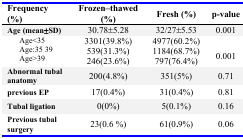
<table><thead><tr><td><b>Frequency (%)</b></td><td><b>Frozen–thawed (%)</b></td><td><b>Fresh (%)</b></td><td><b>p-value</b></td></tr></thead><tbody><tr><td><b>Age (mean</b>±<b>SD)</b></td><td>30.78±5.28</td><td>32/27±5.53</td><td>0.001</td></tr><tr><td>Age&lt;35</td><td>3301(39.8%)</td><td>4977(60.2%)</td><td rowspan="3">0.001</td></tr><tr><td>Age:35 39</td><td>539(31.3%)</td><td>1184(68.7%)</td></tr><tr><td>Age&gt;39</td><td>246(23.6%)</td><td>797(76.4%)</td></tr><tr><td><b>Abnormal tubal anatomy</b></td><td>200(4.8%)</td><td>351(5%)</td><td>0.71</td></tr><tr><td><b>previous EP</b></td><td>17(0.4%)</td><td>31(0.4%)</td><td>0.81</td></tr><tr><td><b>Tubal ligation</b></td><td>0(0%)</td><td>5(0.1%)</td><td>0.16</td></tr><tr><td><b>Previous tubal surgery</b></td><td>23(0.6 %)</td><td>61(0.9%)</td><td>0.06</td></tr></tbody></table>